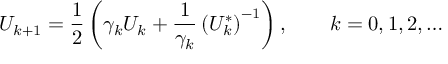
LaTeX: U _ { k + 1 } = { \frac { 1 } { 2 } } \left( \gamma _ { k } U _ { k } + { \frac { 1 } { \gamma _ { k } } } \left( U _ { k } ^ { * } \right) ^ { - 1 } \right) , \qquad k = 0 , 1 , 2 , \ldots